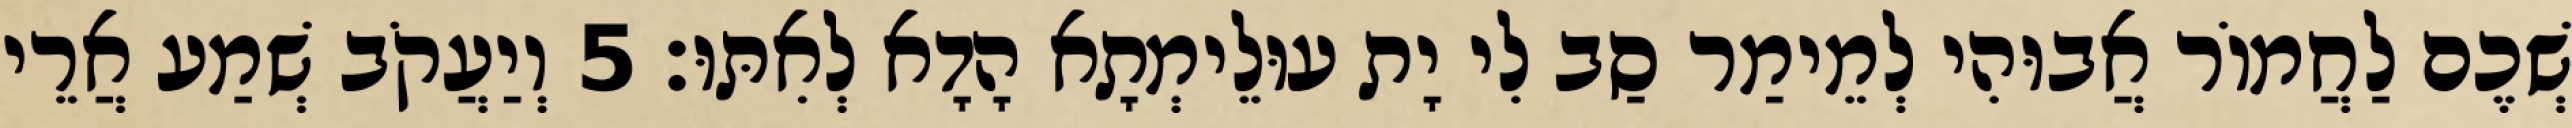
שְׁכֶם לַחֲמוֹר אֲבוּהִי לְמֵימַר סַב לִי יָת עוּלֵימְתָא הָדָא לְאִתּוּ׃ 5 וְיַעֲקֹב שְׁמַע אֲרֵי